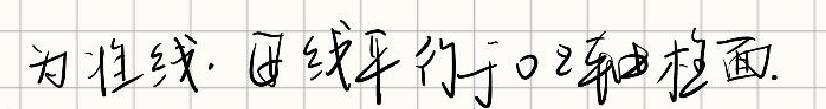
为准线，母线平行于oz轴柱面.